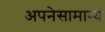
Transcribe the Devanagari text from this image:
अपनेसामान्य